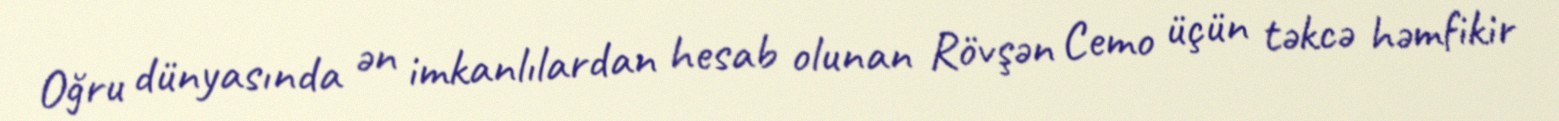
Oğru dünyasında ən imkanlılardan hesab olunan Rövşən Cemo üçün təkcə həmfikir